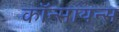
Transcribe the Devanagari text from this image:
कॉन्सायन्स